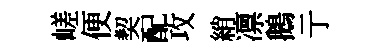
嵯便契配攻綃凛鵝亍